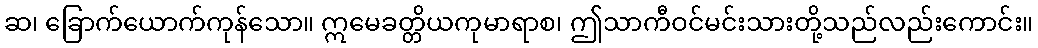
ဆ၊ ခြောက်ယောက်ကုန်သော။ ဣမေခတ္တိယကုမာရာစ၊ ဤသာကီဝင်မင်းသားတို့သည်လည်းကောင်း။